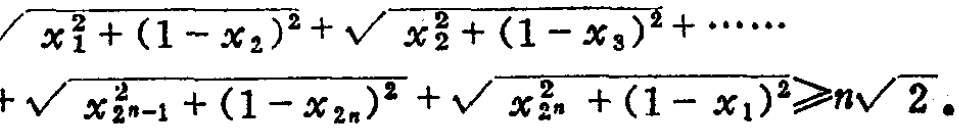
\(\sqrt{x_{1}^{2}+(1 - x_{2})^{2}}+\sqrt{x_{2}^{2}+(1 - x_{3})^{2}}+\cdots\)
\(+\sqrt{x_{2n - 1}^{2}+(1 - x_{2n})^{2}}+\sqrt{x_{2n}^{2}+(1 - x_{1})^{2}}\geqslant n\sqrt{2}\)